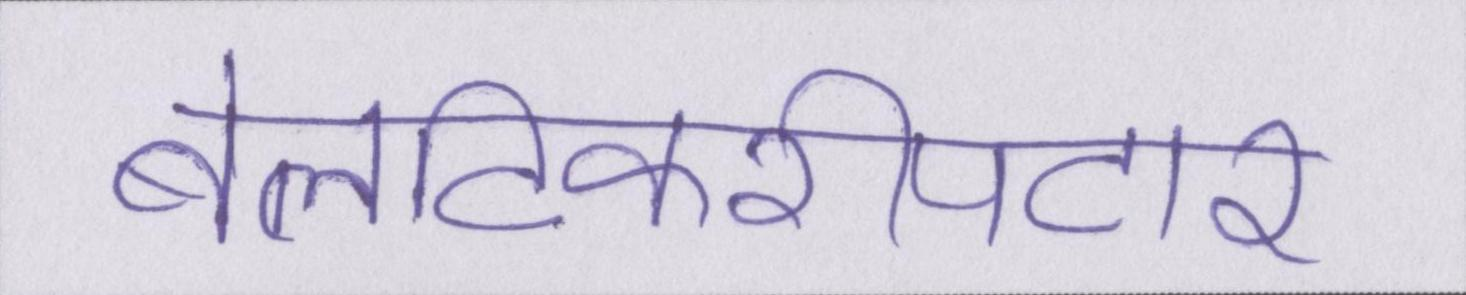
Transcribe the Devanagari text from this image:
बेलटिकरीपटार